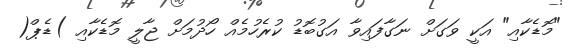
"މޮޑެކާއި" އަކީ ވަގަށް ނަގާފައިވާ އަގުބޮޑު ކުރެހުމެއް ހޯދުމަށް ޖާލީ މޮޑެކާއި )ޑެޕް(